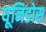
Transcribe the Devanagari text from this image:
यूनिडोस